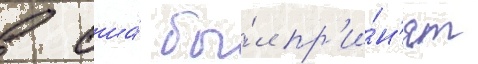
в сша́ бы́л пр'и́н'ят